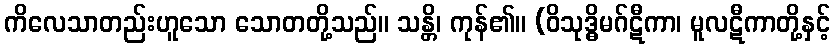
ကိလေသာတည်းဟူသော သောတတို့သည်။ သန္တိ၊ ကုန်၏။ (ဝိသုဒ္ဓိမဂ်ဋီကာ၊ မူလဋီကာတို့နှင့်